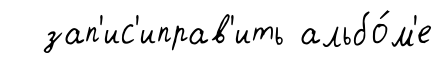
зап'ис'иправ'ить альбо́м'е